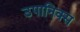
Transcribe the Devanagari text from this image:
उपानिक्स